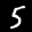
Label: 5